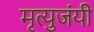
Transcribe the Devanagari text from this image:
मृत्युजंयी